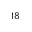
^ { 1 8 }